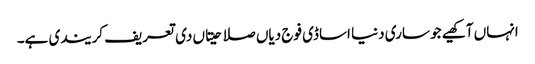
انہاں آکھیے جو ساری دنیا اساڈی فوج دیاں صلاحیتاں دی تعریف کریندی ہے۔